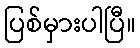
ပြစ်မှားပါပြီ။